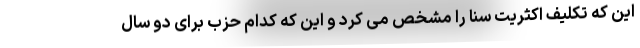
این که تکلیف اکثریت سنا را مشخص می کرد و این که کدام حزب برای دو سال